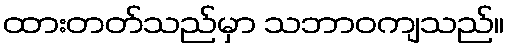
ထားတတ်သည်မှာ သဘာဝကျသည်။